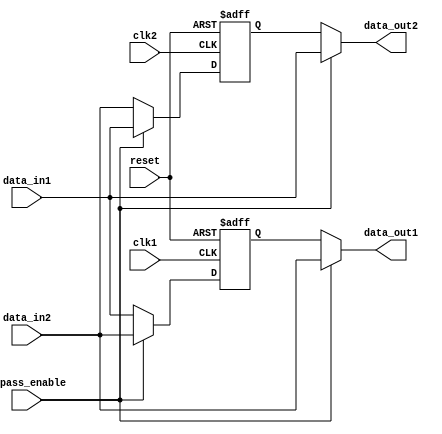
module dual_port_bypass_register (
    input wire clk1,
    input wire clk2,
    input wire reset,
    input wire bypass_enable,
    input wire [7:0] data_in1,
    input wire [7:0] data_in2,
    output reg [7:0] data_out1,
    output reg [7:0] data_out2
);

reg [7:0] reg_data1;
reg [7:0] reg_data2;

always @(posedge clk1 or posedge reset) begin
    if (reset) begin
        reg_data1 <= 8'b0;
    end else begin
        if (bypass_enable) begin
            reg_data1 <= data_in2;
        end else begin
            reg_data1 <= data_in1;
        end
    end
end

always @(posedge clk2 or posedge reset) begin
    if (reset) begin
        reg_data2 <= 8'b0;
    end else begin
        if (bypass_enable) begin
            reg_data2 <= data_in1;
        end else begin
            reg_data2 <= data_in2;
        end
    end
end

always @(*) begin
    if (bypass_enable) begin
        data_out1 = data_in2;
        data_out2 = data_in1;
    end else begin
        data_out1 = reg_data1;
        data_out2 = reg_data2;
    end
end

endmodule